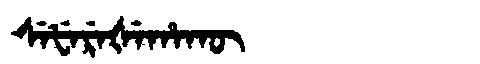
Manchu: ᠰᡝᡶᡝᡵᡝᡧᡝᡥᠠᡴᡡ
Romanization: SEFEREŠEHAKŪ